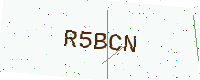
Text: R5BCN